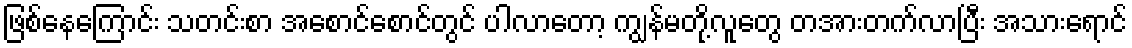
ဖြစ်နေကြောင်း သတင်းစာ အစောင်စောင်တွင် ပါလာတော့ ကျွန်မတို့လူတွေ တအားတက်လာပြီး အသားရောင်